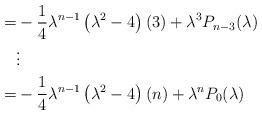
LaTeX: \begin{align*}=&-\frac{1}{4}\lambda^{n-1} \left(\lambda^2 -4\right)(3)+\lambda^3 P_{n-3}(\lambda)\\&\vdots \\=& -\frac{1}{4}\lambda^{n-1} \left(\lambda^2 -4\right)(n)+\lambda^n P_{0}(\lambda)\end{align*}